Civil Veterinary Dept. Bombay admin report 1923-31 - 1923-1931
Year: 1923
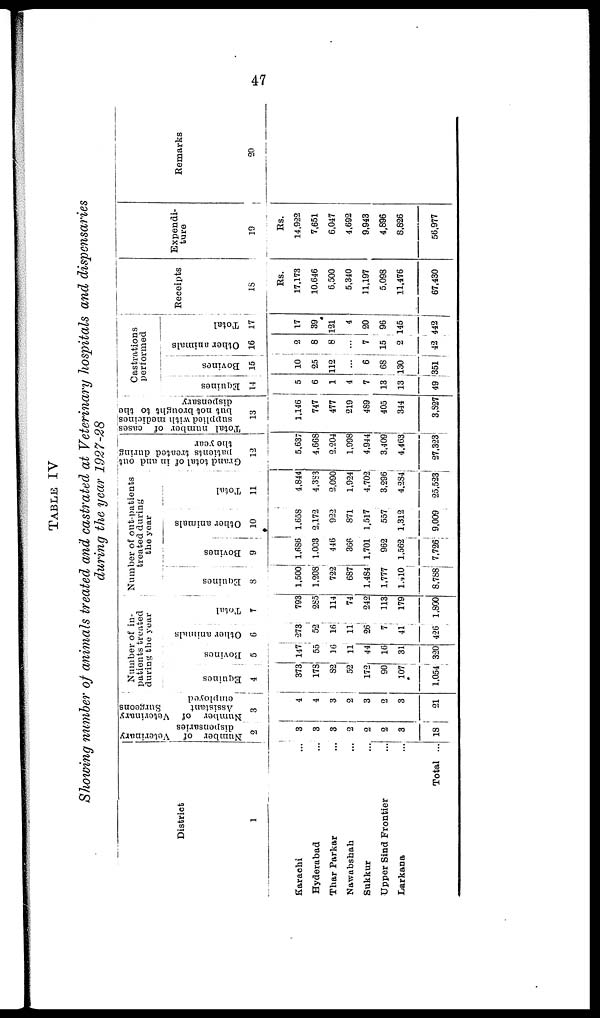
47
TABLE IV
Showing number of animals treated and castrated at Veterinary hospitals and dispensaries
during the year 1927-28
District
1
Karachi ...
Hyderabad ...
Thar Parkar ...
Nawabshah ...
Sukkur ...
Upper Sind Frontier ...
Larkana ...
Total ...
Number of
Veterinary
dispensaries
2
3
3
3
2
2
2
3
18
Number
of
Veterinary
Assistant
Surgeons
employed
3
4
4
3
2
3
2
3
21
Number of in-
patients treated
during the year
Equines
4
373
173
82
52
172
90
107
1.054
Bovines
5
147
55
16
11
44
16
31
320
Ot her animals
6
273
52
16
11
26
7
41
426
Tot al
7
793
285
114
74
242
113
179
1,800
Number of out-patients
treated during
the year
Equines
8
1,500
1,208
722
687
1,484
1,777
1,410
8,788
Bovines
9
1,686
1,003
446
366
1,701
962
1,562
7,726
Other animals
10
1,658
2,172
922
871
1,517
557
1,312
9,009
Total
11
4,844
4,383
2,090
1,924
4,702
3,296
4,284
25,523
Grand total of in and out
patients treated during
the year
12
5,637
4,668
2,204
1,998
4,944
3,409
4,463
27,323
Total number of
cases
supplied with medicines
but not brought to the
dispensary
13
1,146
747
477
219
489
405
344
3,827
Castrations
performed
Equines
14
5
6
1
4
7
13
13
49
Bovines
15
10
25
112
...
6
68
130
351
Other animals
16
2
8
8
...
7
15
2
42
Total
17
17
39
121
4
20
96
145
442
Receipts
13
Rs.
17,173
10,646
6,500
5,340
11,197
5,098
11,476
67.430
Expendi-
ture
19
Rs.
14,922
7,651
6,047
4,692
9,943
4,896
8,826
56,977
Remarks
20